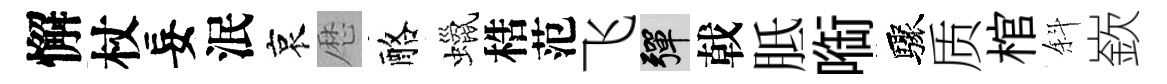
懈杖妄泯哀厯酪蠟梏范飞彈戟胝㗸驟质棺斜嶔